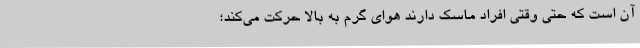
آن است که حتی وقتی افراد ماسک دارند هوای گرم به بالا حرکت می‌کند؛